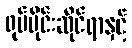
ရုပ်ပိုင်းဆိုင်ရာနှင့်